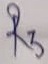
Text: R3